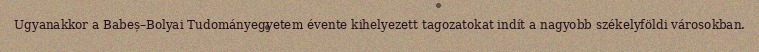
Ugyanakkor a Babeș–Bolyai Tudományegyetem évente kihelyezett tagozatokat indít a nagyobb székelyföldi városokban.